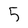
Character: 5